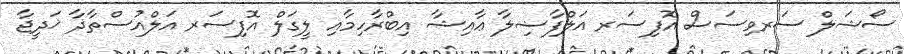
ސޯޝަލް ސަރވިސަސް އޮފިސަރ އަލްފާޟިލާ ޢާއިޝާ އިބްރާހިމާއި ލީގަލް އޮފިސަރ އަލްއުސްތާޛާ ޚަދީޖާ